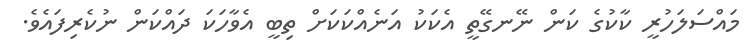
މައްސަލަހުރީ ކާކުގެ ކަން ނޭނގޭތީ އެކަކު އަނެއްކަކަށް ތިބީ އެވާހަކަ ދައްކަން ނުކެރިފައެވެ.